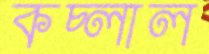
কচ্‌লাল